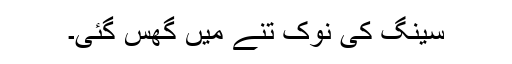
سینگ کی نوک تنے میں گھس گئی۔